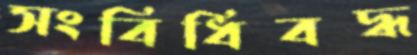
সংবিধিবদ্ধ